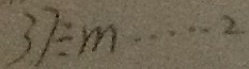
3 7 \div m \cdots 2